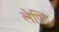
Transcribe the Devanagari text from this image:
लेफ़्टि